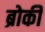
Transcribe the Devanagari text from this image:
ब्रोकी